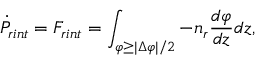
\dot { P } _ { r i n t } = F _ { r i n t } = \int _ { \varphi \ge | \Delta \varphi | / 2 } - n _ { r } { \frac { d \varphi } { d z } } d z ,